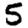
Digit: 5